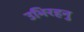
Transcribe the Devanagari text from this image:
उभिरहनु